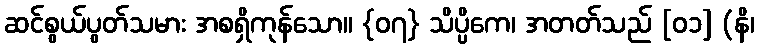
ဆင်စွယ်ပွတ်သမား အစရှိကုန်သော။ {၀၇} သိပ္ပိကေ၊ အတတ်သည် [၀၁] (နိ၊